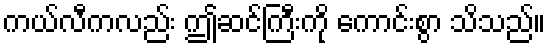
ကယ်လီကလည်း ဤဆင်ကြီးကို ကောင်းစွာ သိသည်။